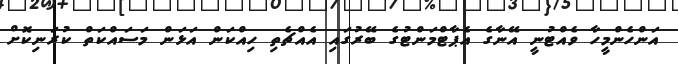
އަންހެންމީހާ ވެއްޓުނީ އޭނާގެ އެޕާޓްމަންޓުގެ ބޭރުގައި އެއްޗެތި ހިއްކަން އަޅަން މަސައްކަތް ކުރަނިކޮށް